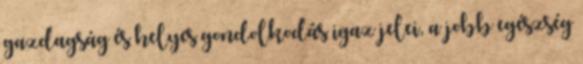
gazdagság és helyes gondolkodás igaz jelei, a jobb egészség